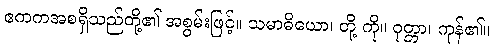
ဧကကအစရှိသည်တို့၏ အစွမ်းဖြင့်။ သမာဓိယော၊ တို့ ကို။ ဝုတ္တာ၊ ကုန်၏။